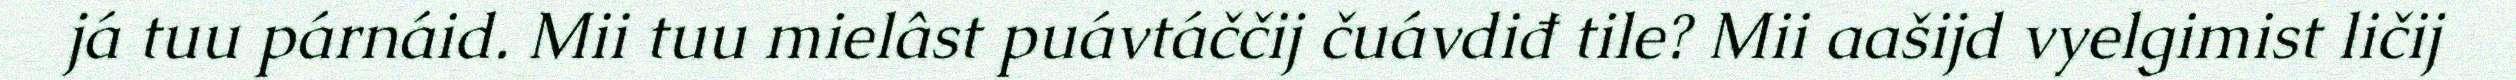
já tuu párnáid. Mii tuu mielâst puávtáččij čuávdiđ tile? Mii aašijd vyelgimist ličij